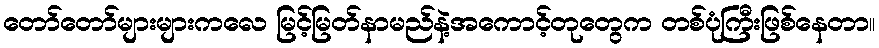
တော်တော်များများကလေ မြင့်မြတ်နာမည်နဲ့အကောင့်တုတွေက တစ်ပုံကြီးဖြစ်နေတာ။